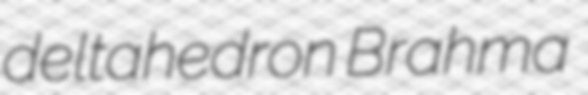
deltahedron Brahma